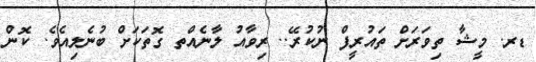
ޑރ. މީޝާ ތިވަރަށް ތައުރީފް ނުކުރޭ.. ރިވާއު ލާނެއްތ ގޮތަކަށް ބުނެލިއެވެ. ކޮން